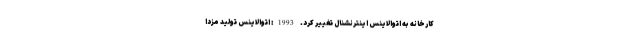
کارخانه به اتوالاینس اینترنشنال تغییر کرد. 1993: اتوالاینس تولید مزدا